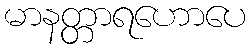
မာနတ္တာရဟောပေ